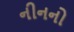
નીનનો